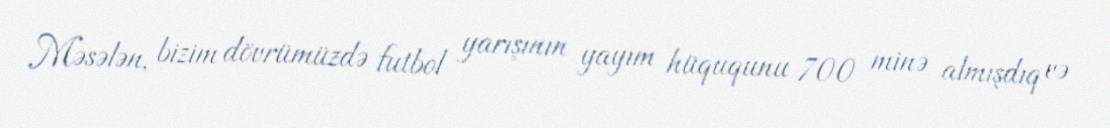
Məsələn, bizim dövrümüzdə futbol yarışının yayım hüququnu 700 minə almışdıq və